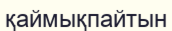
қаймықпайтын